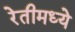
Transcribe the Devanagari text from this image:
रेतीमध्ये